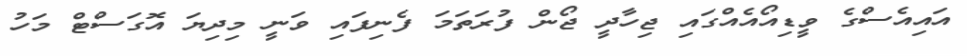
އައިއެސްގެ ވީޑިއޯއެއްގައި ޖިހާދީ ޖޯން ފުރަަތަމަ ފެނިފައި ވަނީ މިދިޔަ އޮގަސްޓް މަހު